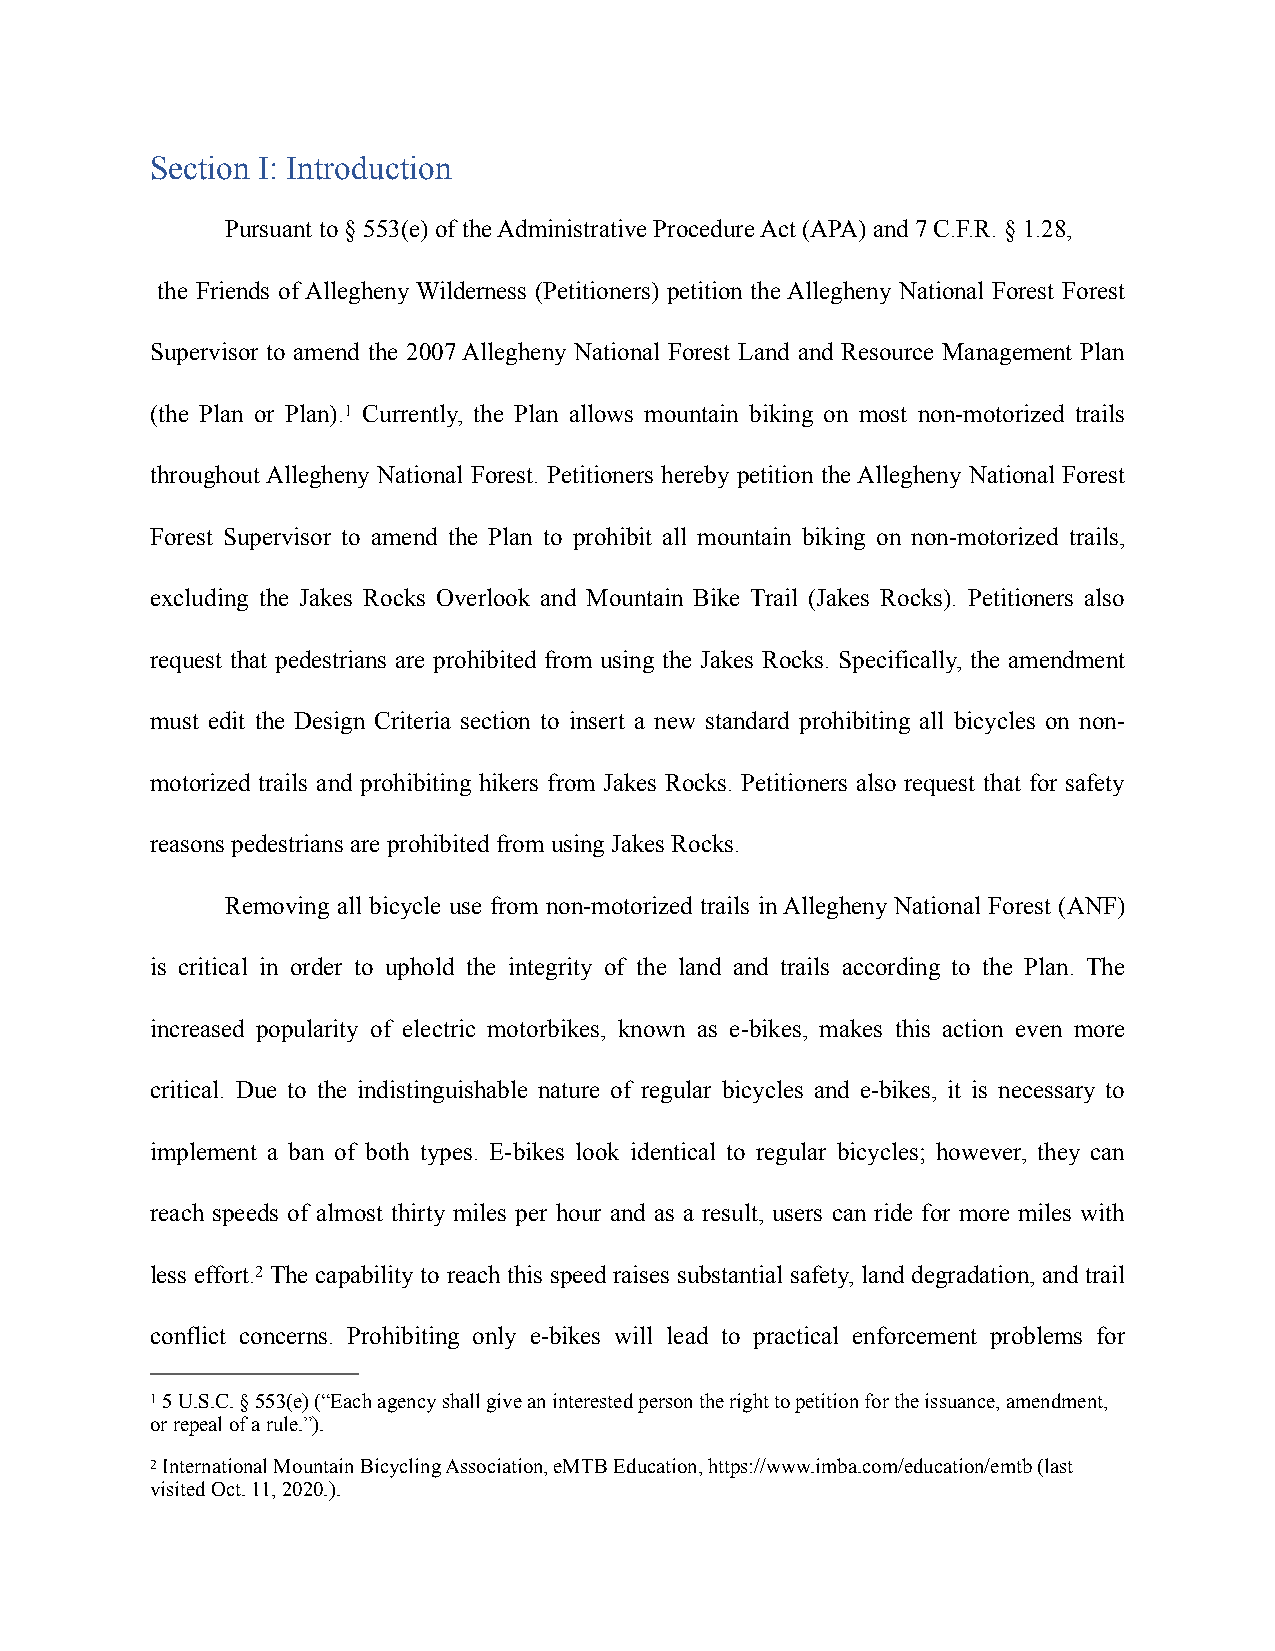
Section I: Introduction
 Pursuant to § 553(e) of the Administrative Procedure Act (APA) and 7 C.F.R. § 1.28,
 the Friends of Allegheny Wilderness (Petitioners) petition the Allegheny National Forest Forest
 Supervisor to amend the 2007 Allegheny National Forest Land and Resource Management Plan
 (the Plan or Plan).1 Currently, the Plan allows mountain biking on most non-motorized trails
 throughout Allegheny National Forest. Petitioners hereby petition the Allegheny National Forest
 Forest Supervisor to amend the Plan to prohibit all mountain biking on non-motorized trails,
 excluding the Jakes Rocks Overlook and Mountain Bike Trail (Jakes Rocks). Petitioners also
 request that pedestrians are prohibited from using the Jakes Rocks. Specifically, the amendment
 must edit the Design Criteria section to insert a new standard prohibiting all bicycles on non-
 motorized trails and prohibiting hikers from Jakes Rocks. Petitioners also request that for safety
 reasons pedestrians are prohibited from using Jakes Rocks.
 Removing all bicycle use from non-motorized trails in Allegheny National Forest (ANF)
 is critical in order to uphold the integrity of the land and trails according to the Plan. The
 increased popularity of electric motorbikes, known as e-bikes, makes this action even more
 critical. Due to the indistinguishable nature of regular bicycles and e-bikes, it is necessary to
 implement a ban of both types. E-bikes look identical to regular bicycles; however, they can
 reach speeds of almost thirty miles per hour and as a result, users can ride for more miles with
 less effort.2 The capability to reach this speed raises substantial safety, land degradation, and trail
 conflict concerns. Prohibiting only e-bikes will lead to practical enforcement problems for
 1 5 U.S.C. § 553(e) (“Each agency shall give an interested person the right to petition for the issuance, amendment,
 or repeal of a rule.”).
 2 International Mountain Bicycling Association, eMTB Education, https://www.imba.com/education/emtb (last
 visited Oct. 11, 2020.).